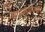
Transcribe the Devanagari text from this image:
माइक्रोफ्रैक्चर